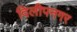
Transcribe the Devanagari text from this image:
दिलीपनगर